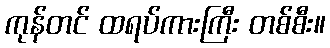
ကုန်တင် ထရပ်ကားကြီး တစ်စီး။